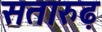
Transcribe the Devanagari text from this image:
सतारुढ़